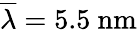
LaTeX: \overline{{\lambda}}=5.5~\textrm{nm}